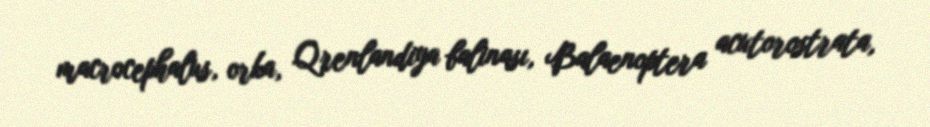
macrocephalus, orka, Qrenlandiya balinası, Balaenoptera acutorostrata,